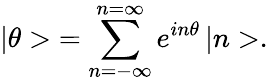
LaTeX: \left|\theta>\right.=\sum_{n=-\infty}^{n=\infty}e^{in\theta}\left|n>\right..